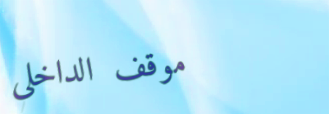
موقف الداخلي